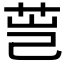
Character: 𰰴